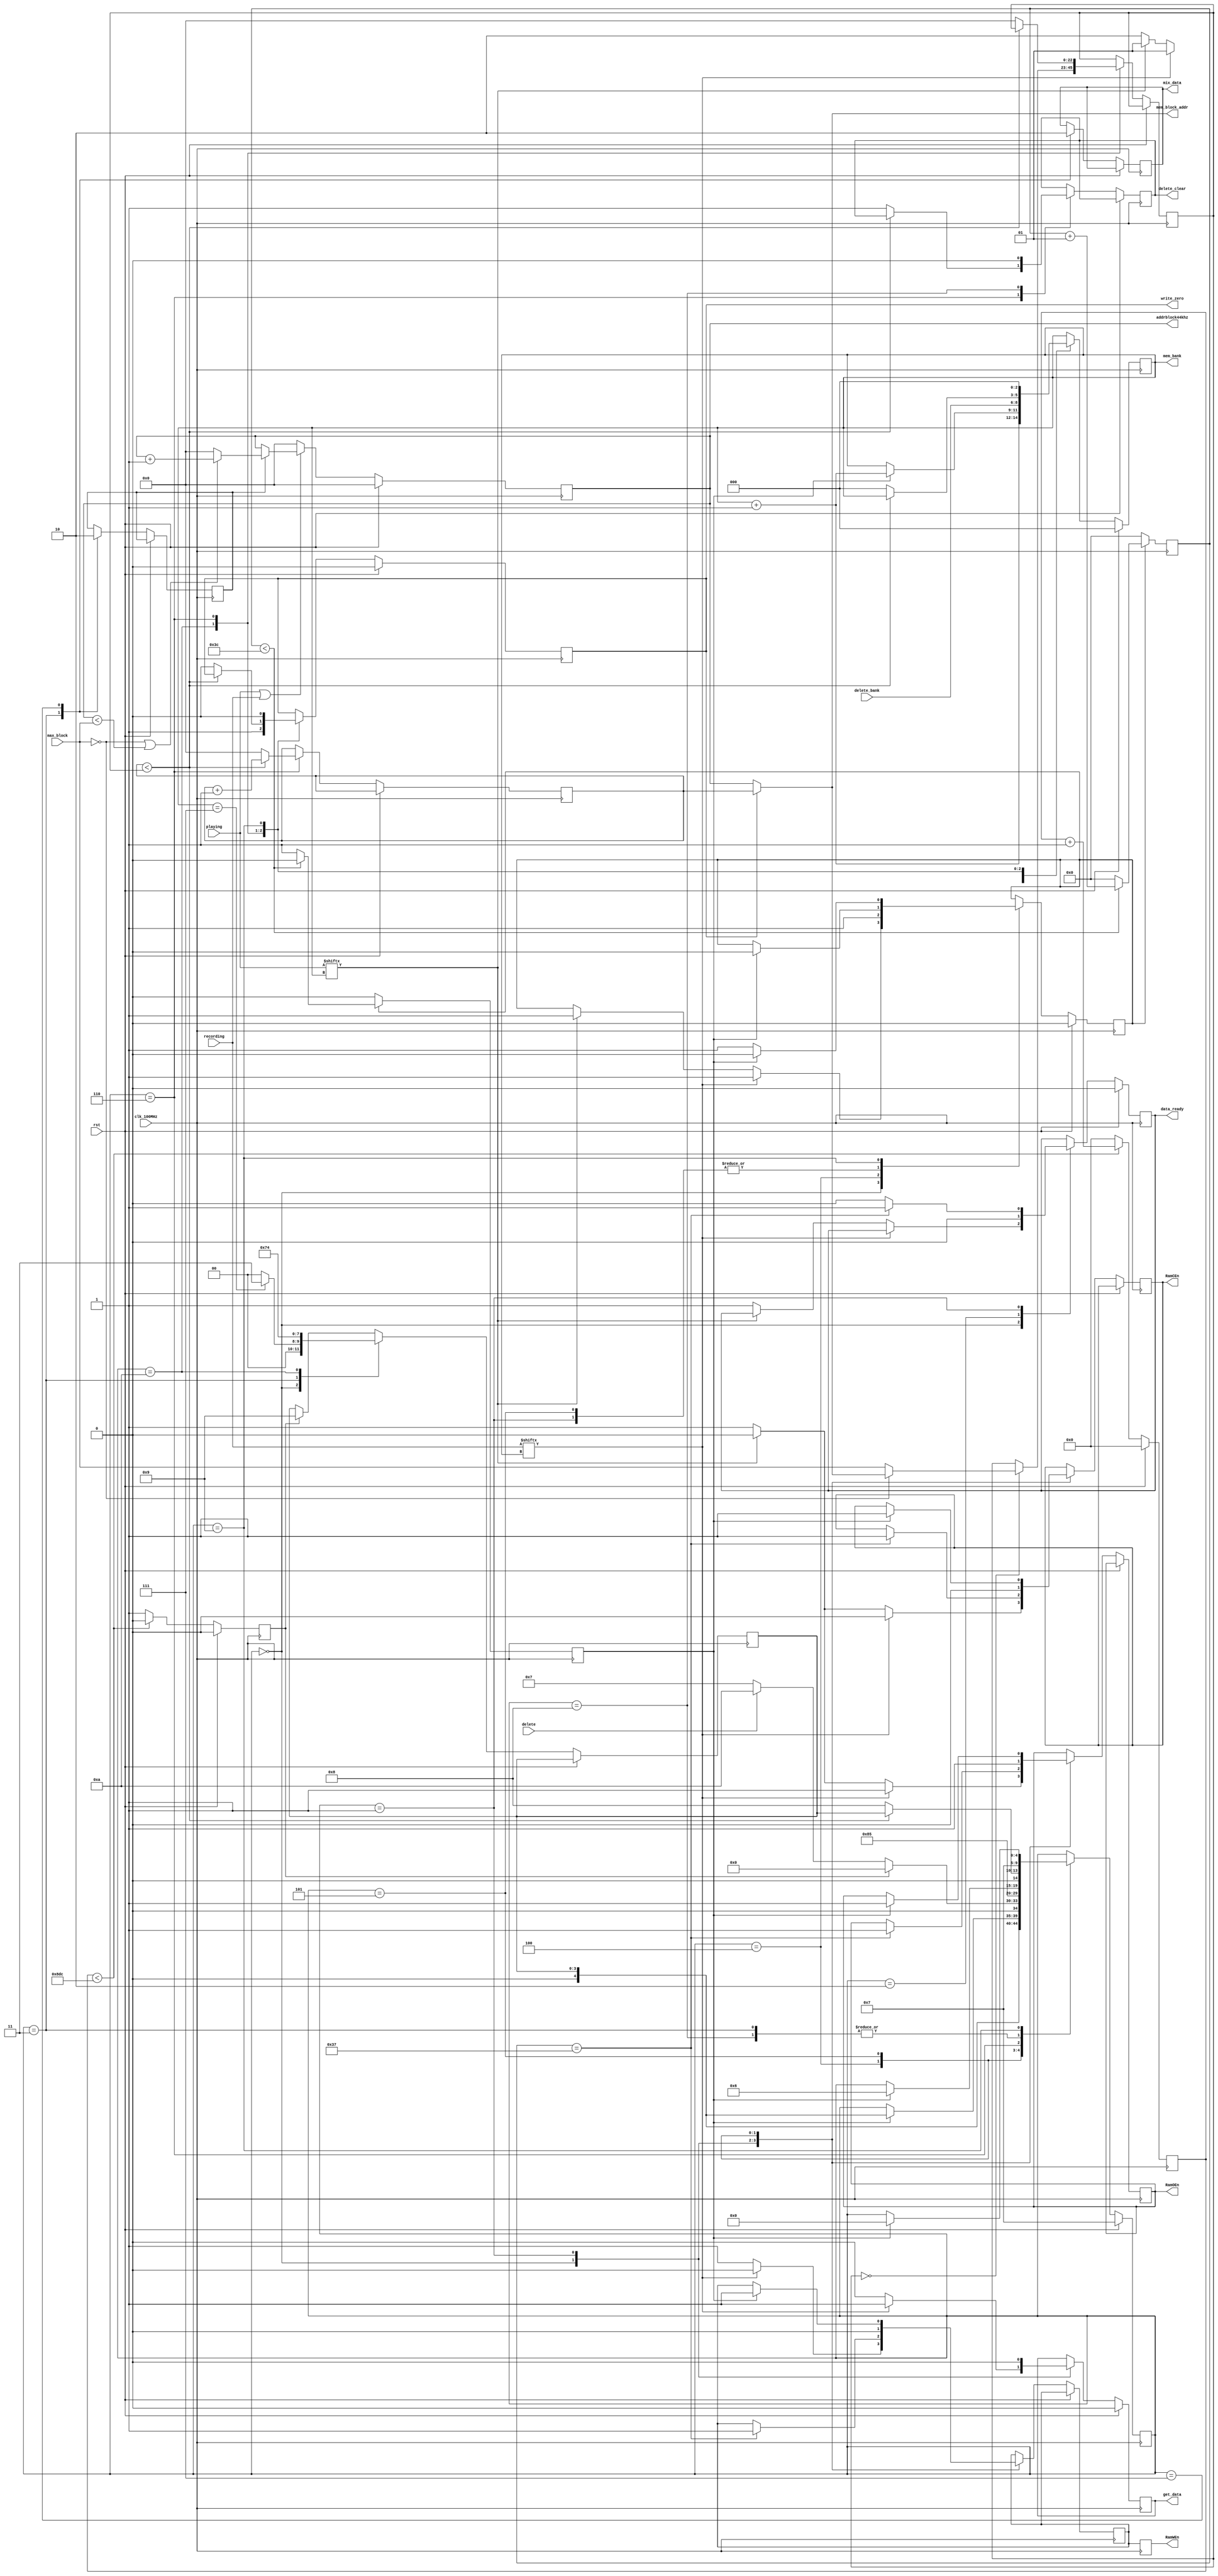
module mem_ctrl(

    input clk_100MHz,
    input rst,
    
    
    input [7:0] playing,
    
    input [7:0] recording,
    
    input delete,
    input [2:0] delete_bank,
    
    input [22:0] max_block,
    
    output reg delete_clear,
    
    output reg RamCEn,
    output reg RamOEn,
    output reg RamWEn,
    output reg write_zero,
    output reg get_data,
    output reg data_ready,
    output reg mix_data,
    
    output reg [22:0] addrblock44khz,
    output [22:0] mem_block_addr,
    output reg [2:0] mem_bank

);    
    
    initial delete_clear = 0;
    initial write_zero = 0;    
    initial get_data = 0;  
    initial data_ready = 0;
    initial mix_data=0;
    initial mem_bank=0;
    initial addrblock44khz = 0;
    
    //State machine states
    parameter BANK = 4'b0000;
    parameter FLAG = 4'b0010;
    parameter BANK_ACK = 4'b0001;
    parameter INC_BLOCK = 4'b0011;
    parameter WAIT = 4'b0111;
    parameter DELETE = 4'b0100;
    parameter DELETE_ACK = 4'b0101;
    parameter DELETE_INC = 4'b0110;
    parameter ONECYCLE = 4'b1000;
    parameter ENTERDELETE = 4'b1010;
    parameter LEAVEDELETE = 4'b1001;
    
    parameter MHz44cnt = 2268;
//parameter MHz44cnt = 200;
    wire address_enable;
    assign address_enable = playing || recording;
    reg [12:0] count=0;
    
    reg [4:0]pstate = WAIT;
    reg [3:0] nstate = BANK;
    reg delay_done = 0;
    reg counterEnable=0;
    reg increment=0;
    reg pulse=0;
    integer counter = 0;
    reg [22:0] max_delete_block=0;
    reg [22:0] delete_address=0;
    reg WEn_d1=1;
    
    assign mem_block_addr = (write_zero==0) ? addrblock44khz : delete_address;// Mem_block address is driven to delete_address only if write_zero is on
   
   //Generates a 44.1Khz pulse
always @ (posedge(clk_100MHz))begin
    if(rst == 1)begin
        count <= 0;
        pulse <= 0;
    end
    else if( count < MHz44cnt)begin
        count <= count + 1;
        pulse <= 0;
    end
    else begin //count is at max, triggers every 44.1KHz
        pulse <= 1; //trigger pulse
        count <= 0;//reset count
    end      
end
    
    //44Khz block incrementer
always @ (posedge(clk_100MHz)) begin
    if (rst==1)addrblock44khz<=0;
    else if (address_enable==0)addrblock44khz<=0;
    else if(increment==1)begin
        if(max_block==0 || addrblock44khz < max_block)
            addrblock44khz <= addrblock44khz + 1;
        else
            addrblock44khz <= 0;
    end
end
    
    
always @(posedge(clk_100MHz))begin
    RamWEn<=WEn_d1;
end
    
    
always @ (posedge clk_100MHz)
begin
    if (rst == 1)begin
        pstate <= WAIT;
        counterEnable <= 0;
        write_zero <= 0;
        get_data<=0;
        data_ready<=0;
        mem_bank<=0;
        end
    else begin
    if (pulse==1)nstate<=LEAVEDELETE;
    case (pstate)
    /////////////////////////BANK 0
        BANK : begin
            if(mem_bank==7)nstate<=INC_BLOCK;//Last mem_bank
            else nstate <= BANK;  
            if(recording[mem_bank] == 1)begin
                get_data <= 1;
                counterEnable <= 1;
                RamCEn<=0;
                RamOEn<=1;
                WEn_d1<=0;
                pstate<=BANK_ACK;
            end
            else if(playing[mem_bank] == 1)begin
                get_data<=0;
                RamCEn <= 0;
                RamOEn <= 0;
                WEn_d1 <= 1;
                counterEnable <= 1;
                pstate<=BANK_ACK;
            end
            else begin
                get_data<=0;
                RamCEn <= 1;
                RamOEn <= 1;
                WEn_d1 <= 1;
                data_ready <= 1;
                pstate <= FLAG;
            end            
        end
        
        FLAG : begin
            data_ready <= 0;
            mem_bank <= mem_bank + 1;//Increment bank by 1 after data_ready pulse
            pstate <= nstate;
        end
        
        BANK_ACK : begin
            get_data<=0;//Turn off get_data pulse
            if (counter==55)begin //At 55 clock cycles, send data_ready pulse, turn off memory signals
                data_ready<=1;
                RamCEn<=1;
                RamOEn<=1;
                WEn_d1<=1;
            end
            else data_ready<=0;//data_ready pulse stays low
            if(delay_done == 1)begin//Delay is done, go to next bank
                pstate <= nstate;
                mem_bank <= mem_bank + 1;//Increment bank by 1
                counterEnable <= 0;
             end
        end
        
        INC_BLOCK: begin
            increment <= 1;
            mix_data<=1;
            nstate <= WAIT;
            pstate <= WAIT;
        end
        
    /////////////////////////Wait
        WAIT: begin
            mix_data <= 0;
            increment <= 0;//Stop incrementing addrblock44khz
            if(pulse == 1)begin
                pstate <= BANK;
            end
            else if(delete == 1)begin
                pstate <= ENTERDELETE;                
            end
            else 
                pstate <= WAIT;
            end
    /////////////////////////Delete Loop
        ENTERDELETE: begin
            if (max_delete_block==0)begin
                if (max_block==0)
                    max_delete_block<=mem_block_addr;
                else
                    max_delete_block<=max_block;
            end
            nstate<=DELETE;
            mem_bank<=delete_bank;//Mem bank to delete_bank
            write_zero <= 1;    //Write a 0 to erase data from memory
            pstate<=DELETE;
        end
        DELETE : begin
            RamCEn <= 0;
            RamOEn <= 1;
            WEn_d1 <= 0; 
            counterEnable <= 1;
            pstate <= DELETE_ACK;
        end
             
        DELETE_ACK : begin
            if(delay_done == 1)begin
                pstate <= DELETE_INC;
                RamCEn <= 1;
                RamOEn <= 1;
                WEn_d1 <= 1;
                counterEnable <= 0;
            end
        end 
         
        DELETE_INC : begin
            if(delete_address < max_delete_block)begin//Not done erasing
                delete_address<=delete_address+1;
                pstate <= nstate;//Will either go to DELETE, or will go to LEAVEDELETE if a pulse was triggered during erasing
            end
            else begin//Done erasing! 
                delete_clear <= 1; //Flag to clear the delete signal
                delete_address<=0;
                write_zero<=0;
                max_delete_block<=0; 
                mem_bank<=0;    
                pstate <= ONECYCLE;  
            end  
        end 
                     
        ONECYCLE: begin //To kill the delete_clear pulse
           delete_clear<=0;
           pstate <=WAIT;
        end
        
        LEAVEDELETE: begin
            mem_bank<=0;
            write_zero<=0;
            counterEnable<=1;
            if(delay_done==1)begin
                counterEnable<=0;
                pstate<=BANK;
            end
        end
    endcase 
     
   end //end resetn
end         
 
 
 
 //delay
 

 

 
 always @(posedge clk_100MHz)begin
    if(counterEnable==0)begin
        counter <= 0;
        delay_done <= 0;
    end
    
    else if(counter < 60) begin
        counter <= counter + 1;
        delay_done <= 0;
    end
    
    else begin
        counter <= 0;
        delay_done <= 1;
    end
   end     
   
    
endmodule